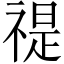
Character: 禔